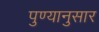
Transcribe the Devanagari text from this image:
पुण्यानुसार